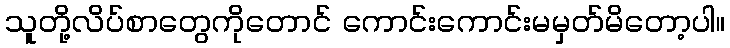
သူတို့လိပ်စာတွေကိုတောင် ကောင်းကောင်းမမှတ်မိတော့ပါ။